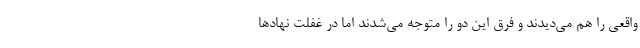
واقعی را هم می‌دیدند و فرق این دو را متوجه می‌شدند اما در غفلت نهادها